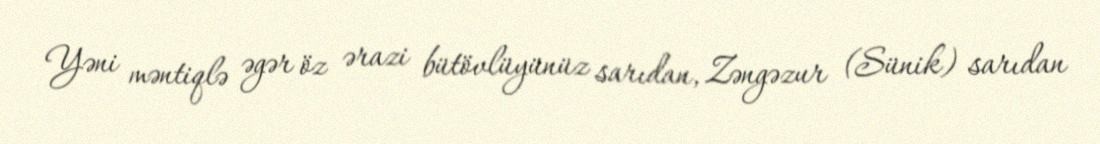
Yəni məntiqlə əgər öz ərazi bütövlüyünüz sarıdan, Zəngəzur (Sünik) sarıdan